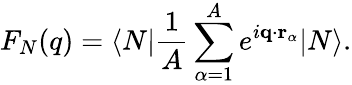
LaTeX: F_{N}(q)=\langle N|\frac{1}{A}\sum_{\alpha=1}^{A}e^{i\mathbf{q}\cdot\mathbf{r}_{\alpha}}|N\rangle.